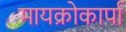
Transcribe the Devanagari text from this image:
मायक्रोकार्पा